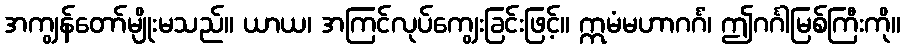
အကျွန်တော်မျိုးမသည်။ ယာယ၊ အကြင်လုပ်ကျွေးခြင်းဖြင့်။ ဣမံမဟာဂင်္ဂံ၊ ဤဂင်္ဂါမြစ်ကြီးကို။